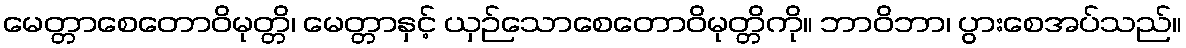
မေတ္တာစေတောဝိမုတ္တိ၊ မေတ္တာနှင့် ယှဉ်သောစေတောဝိမုတ္တိကို။ ဘာဝိဘာ၊ ပွားစေအပ်သည်။